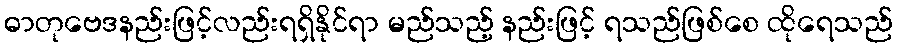
ဓာတုဗေဒနည်းဖြင့်လည်းရရှိနိုင်ရာ မည်သည့် နည်းဖြင့် ရသည်ဖြစ်စေ ထိုရေသည်